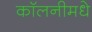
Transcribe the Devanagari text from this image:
कॉलनीमधे